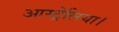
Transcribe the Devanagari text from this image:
आस्ट्रेलिया।